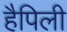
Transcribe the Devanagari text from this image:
हैपिली